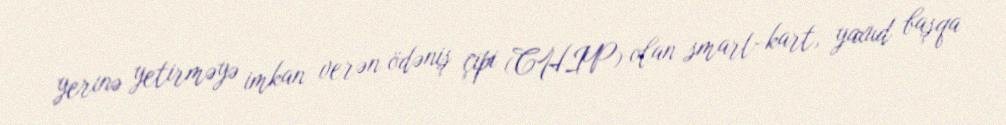
yerinə yetirməyə imkan verən ödəniş çipi (CHIP) olan smart-kart, yaxud başqa